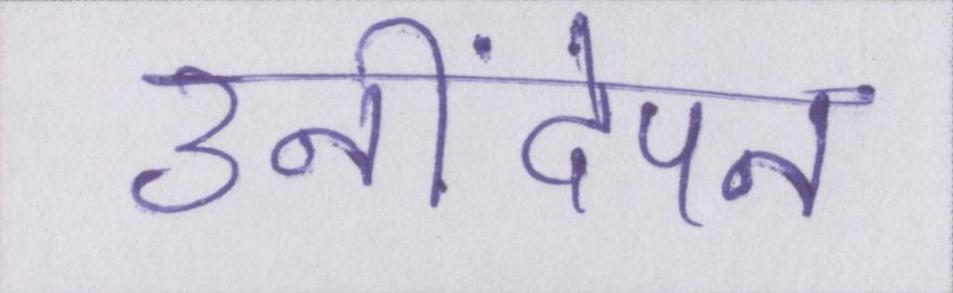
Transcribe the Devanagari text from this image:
उनींदेपन